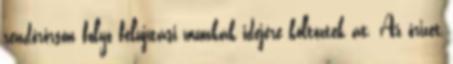
rendőrőrsön folyó felújítási munkák idejére költöztek át. Az őrizet